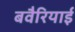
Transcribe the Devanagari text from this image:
बवैरियाई